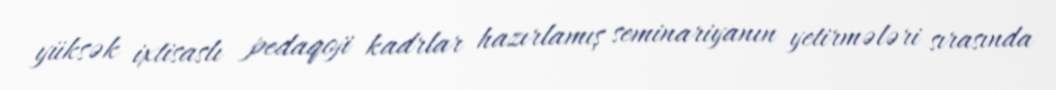
yüksək ixtisaslı pedaqoji kadrlar hazırlamış seminariyanın yetirmələri sırasında